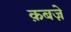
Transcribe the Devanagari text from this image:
क़बज़े